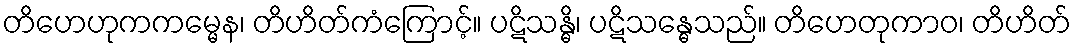
တိဟေဟုကကမ္မေန၊ တိဟိတ်ကံကြောင့်။ ပဋိသန္ဓိ၊ ပဋိသန္ဓေသည်။ တိဟေတုကာဝ၊ တိဟိတ်